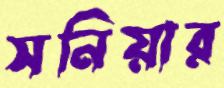
সনিয়ার